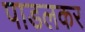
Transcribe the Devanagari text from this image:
पाडलकर